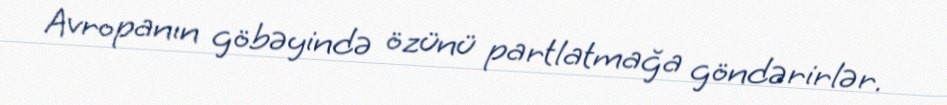
Avropanın göbəyində özünü partlatmağa göndərirlər.